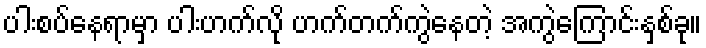
ပါးစပ်နေရာမှာ ပါးဟက်လို ဟက်တက်ကွဲနေတဲ့ အကွဲကြောင်းနှစ်ခု။